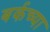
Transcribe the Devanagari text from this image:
बर्कच्या